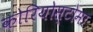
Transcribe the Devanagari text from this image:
कोरियोस्टोमा